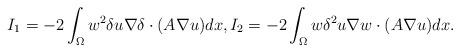
LaTeX: \begin{align*}I_1=-2\int_{\Omega}w^2\delta u\nabla\delta\cdot( A\nabla u)dx,I_2=-2\int_{\Omega}w\delta^2 u \nabla w\cdot(A\nabla u)dx.\end{align*}